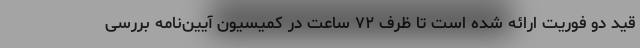
قید دو فوریت ارائه شده است تا ظرف ۷۲ ساعت در کمیسیون آیین‌نامه بررسی